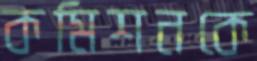
কমিশনকে